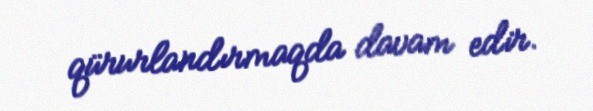
qürurlandırmaqda davam edir.